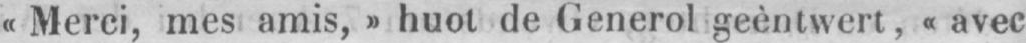
«Merci, mes amis,» huot de Generol geèntwert, «avec